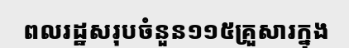
ពលរដ្ឋសរុបចំនួន១១៥គ្រួសារក្នុង